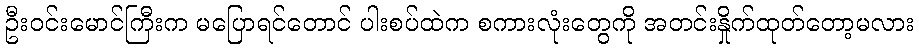
ဦးဝင်းမောင်ကြီးက မပြောရင်တောင် ပါးစပ်ထဲက စကားလုံးတွေကို အတင်းနှိုက်ထုတ်တော့မလား